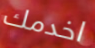
اخدمك